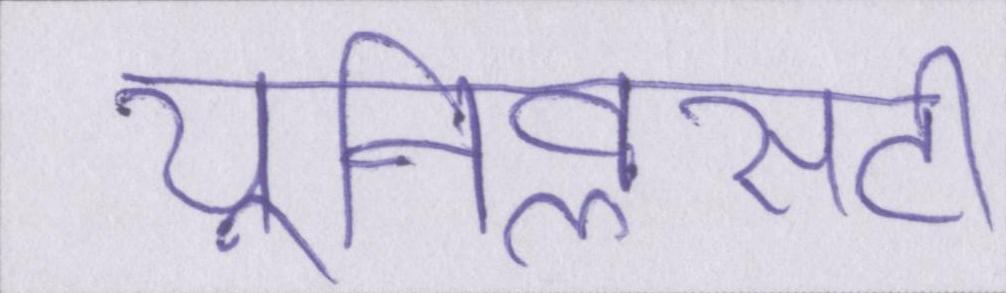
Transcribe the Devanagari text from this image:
यूनिवॢसटी